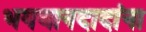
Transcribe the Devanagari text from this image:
भगवानदादांना